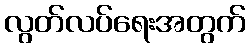
လွတ်လပ်ရေးအတွက်